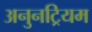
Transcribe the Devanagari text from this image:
अनुनट्रियम